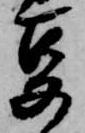
事